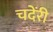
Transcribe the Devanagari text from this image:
चदेंरी